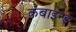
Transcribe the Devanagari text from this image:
कंबाइन्ड